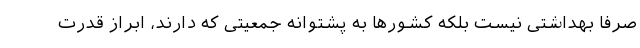
صرفا بهداشتی نیست بلکه کشورها به پشتوانه جمعیتی که دارند، ابراز قدرت